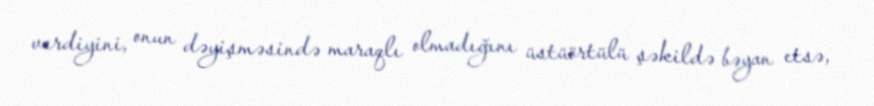
verdiyini, onun dəyişməsində maraqlı olmadığını üstüörtülü şəkildə bəyan etsə,